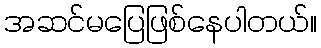
အဆင်မပြေဖြစ်နေပါတယ်။